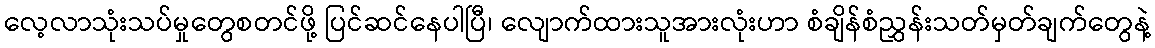
လေ့လာသုံးသပ်မှုတွေစတင်ဖို့ ပြင်ဆင်နေပါပြီ၊ လျောက်ထားသူအားလုံးဟာ စံချိန်စံညွှန်းသတ်မှတ်ချက်တွေနဲ့